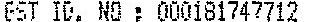
GST ID. NO: 000181747712